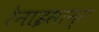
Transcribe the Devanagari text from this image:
रेनाइसान्स